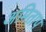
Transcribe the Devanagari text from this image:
अमिताप